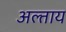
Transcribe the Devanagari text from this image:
अल्ताय